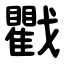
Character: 戵